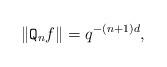
LaTeX: \begin{align*} \| {\tt Q}_{n}f\| = q^{ -(n+1) d } , \end{align*}